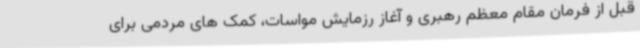
قبل از فرمان مقام معظم رهبری و آغاز رزمایش مواسات، کمک های مردمی برای